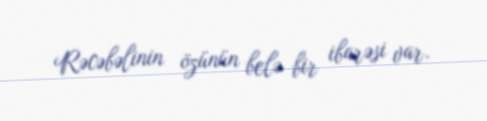
Rəcəbəlinin özünün belə bir ibarəsi var.